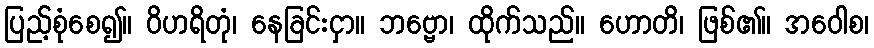
ပြည့်စုံစေ၍။ ဝိဟရိတုံ၊ နေခြင်းငှာ။ ဘဗ္ဗော၊ ထိုက်သည်။ ဟောတိ၊ ဖြစ်၏။ အဝေါစ၊